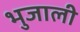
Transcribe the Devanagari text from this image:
भुजाली